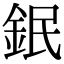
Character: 鈱